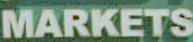
MARKETS